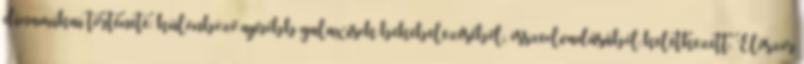
dinamikai története: különböző apróbb galaxisok bekebelezéséből, összeolvadásából keletkezett. Először